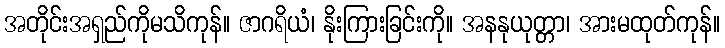
အတိုင်းအရှည်ကိုမသိကုန်။ ဇာဂရိယံ၊ နိုးကြားခြင်းကို။ အနနုယုတ္တာ၊ အားမထုတ်ကုန်။